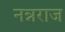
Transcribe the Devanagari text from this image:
नन्नराज